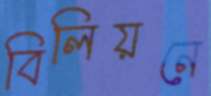
বিলিয়নে